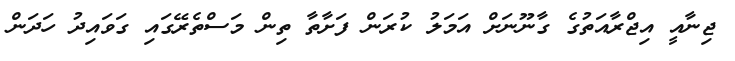
ޖިނާއީ އިޖްރާއަތުގެ ގާނޫނަށް އަމަލު ކުރަން ފަށާތާ ތިން މަސްތެރޭގައި ގަވައިދު ހަދަން